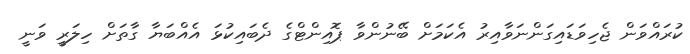
ކުރައްވަން ޖެހިވަޑައިގަންނަވާއިރު އެކަމަށް ބޭނުންވާ ޕޮއިންޓްގެ ދެބައިކުޅަ އެއްބަޔާ ގާތަށް ހިލަރީ ވަނީ